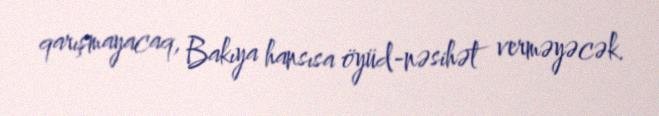
qarışmayacaq, Bakıya hansısa öyüd-nəsihət verməyəcək.